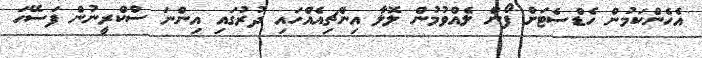
އެހެންކަމުން ހެޑްސެޓަށް ފޯން ލެއްވުމުން ލޮލާ އިންޗިއެއްހައި ދުރުގައި އިންނަ ސްކްރީނުން ފަސޭހަ